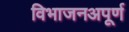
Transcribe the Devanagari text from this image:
विभाजनअपूर्ण